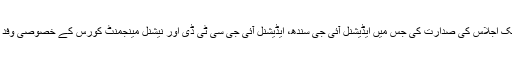
اے ڈی خواجہ نے ایک اجلاس کی صدارت کی جس میں ایڈیشنل آئی جی سندھ، ایڈیشنل آئی جی سی ٹی ڈی اور نیشنل مینجمنٹ کورس کے خصوصی وفد نے بھی شرکت کی۔